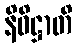
နိဝိဋ္ဌာတိ